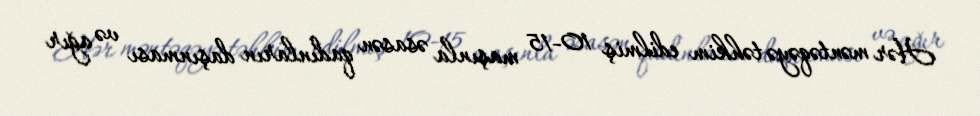
Hər məntəqəyə təhkim edilmiş 10-15 maşınla əsasən qadınların daşınması və ağır